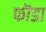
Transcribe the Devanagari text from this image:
फॊडा